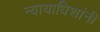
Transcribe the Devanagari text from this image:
न्यायाधिशांनी